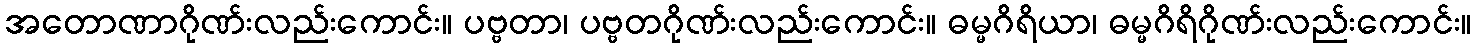
အတောဏာဂိုဏ်းလည်းကောင်း။ ပဗ္ဗတာ၊ ပဗ္ဗတဂိုဏ်းလည်းကောင်း။ ဓမ္မဂိရိယာ၊ ဓမ္မဂိရိဂိုဏ်းလည်းကောင်း။